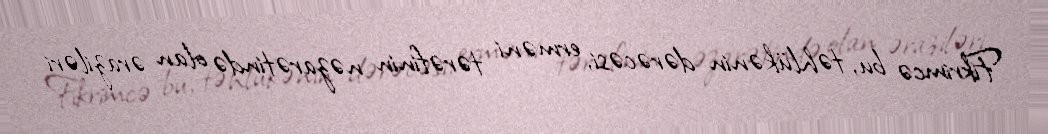
Fikrimcə bu, təhlükənin dərəcəsi, erməni tərəfinin nəzarətində olan əraziləri